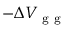
- \Delta V _ { \mathrm { ~ g ~ g ~ } }